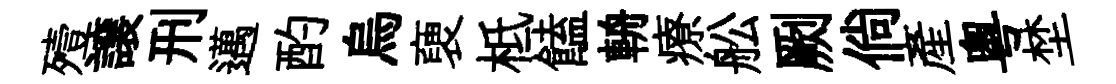
殪譲刑邁酌烏褏柢饁輈療舩劂倘産粵埜